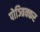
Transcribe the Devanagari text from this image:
पोञ्त्रिक्कर